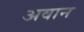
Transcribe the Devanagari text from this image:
अवान